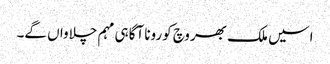
اسیں ملک بھر وچ کورونا آگاہی مہم چلاواں گے۔